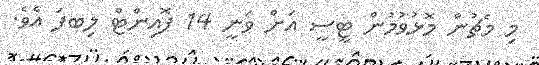
މި މެޗުން މޮޅުވުމުން ޓީސީ އަށް ވަނީ 14 ޕޮއިންޓް ލިބފަ އެވެ.